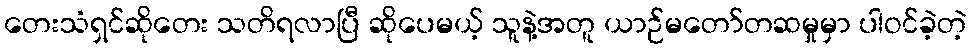
တေးသံရှင်ဆိုတေး သတိရလာပြီ ဆိုပေမယ့် သူနဲ့အတူ ယာဉ်မတော်တဆမှုမှာ ပါဝင်ခဲ့တဲ့